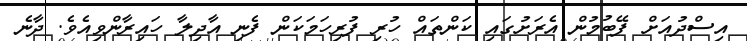
އިސްދުއަށް ފޭބުމުން އެރަށުގައި ކަންތައް ހުރި ފުރިހަމަކަން ފެނި އާދިލާ ހައިރާންވިއެވެ. ދާނެ